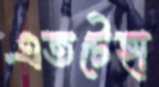
এতটেহা